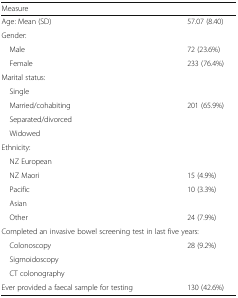
<table><thead><tr><td><b>Measure</b></td><td>[EMPTY_CELL]</td></tr></thead><tbody><tr><td>Age: Mean (SD)</td><td>57.07 (8.40)</td></tr><tr><td colspan="2">Gender:</td></tr><tr><td> Male</td><td>72 (23.6%)</td></tr><tr><td> Female</td><td>233 (76.4%)</td></tr><tr><td colspan="2">Marital status:</td></tr><tr><td> Single</td><td>[EMPTY_CELL]</td></tr><tr><td> Married/cohabiting</td><td>201 (65.9%)</td></tr><tr><td> Separated/divorced</td><td>[EMPTY_CELL]</td></tr><tr><td> Widowed</td><td>[EMPTY_CELL]</td></tr><tr><td colspan="2">Ethnicity:</td></tr><tr><td> NZ European</td><td>[EMPTY_CELL]</td></tr><tr><td> NZ Maori</td><td>15 (4.9%)</td></tr><tr><td> Pacific</td><td>10 (3.3%)</td></tr><tr><td> Asian</td><td>[EMPTY_CELL]</td></tr><tr><td> Other</td><td>24 (7.9%)</td></tr><tr><td colspan="2">Completed an invasive bowel screening test in last five years:</td></tr><tr><td> Colonoscopy</td><td>28 (9.2%)</td></tr><tr><td> Sigmoidoscopy</td><td>[EMPTY_CELL]</td></tr><tr><td> CT colonography</td><td>[EMPTY_CELL]</td></tr><tr><td>Ever provided a faecal sample for testing</td><td>130 (42.6%)</td></tr></tbody></table>